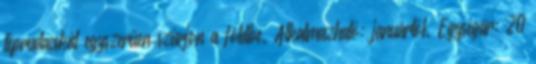
téprudacskát egyszerűen szúrjon a földbe. Alkalmazható: januártól. Egységár: 20